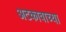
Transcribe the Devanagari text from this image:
अटकावाच्या